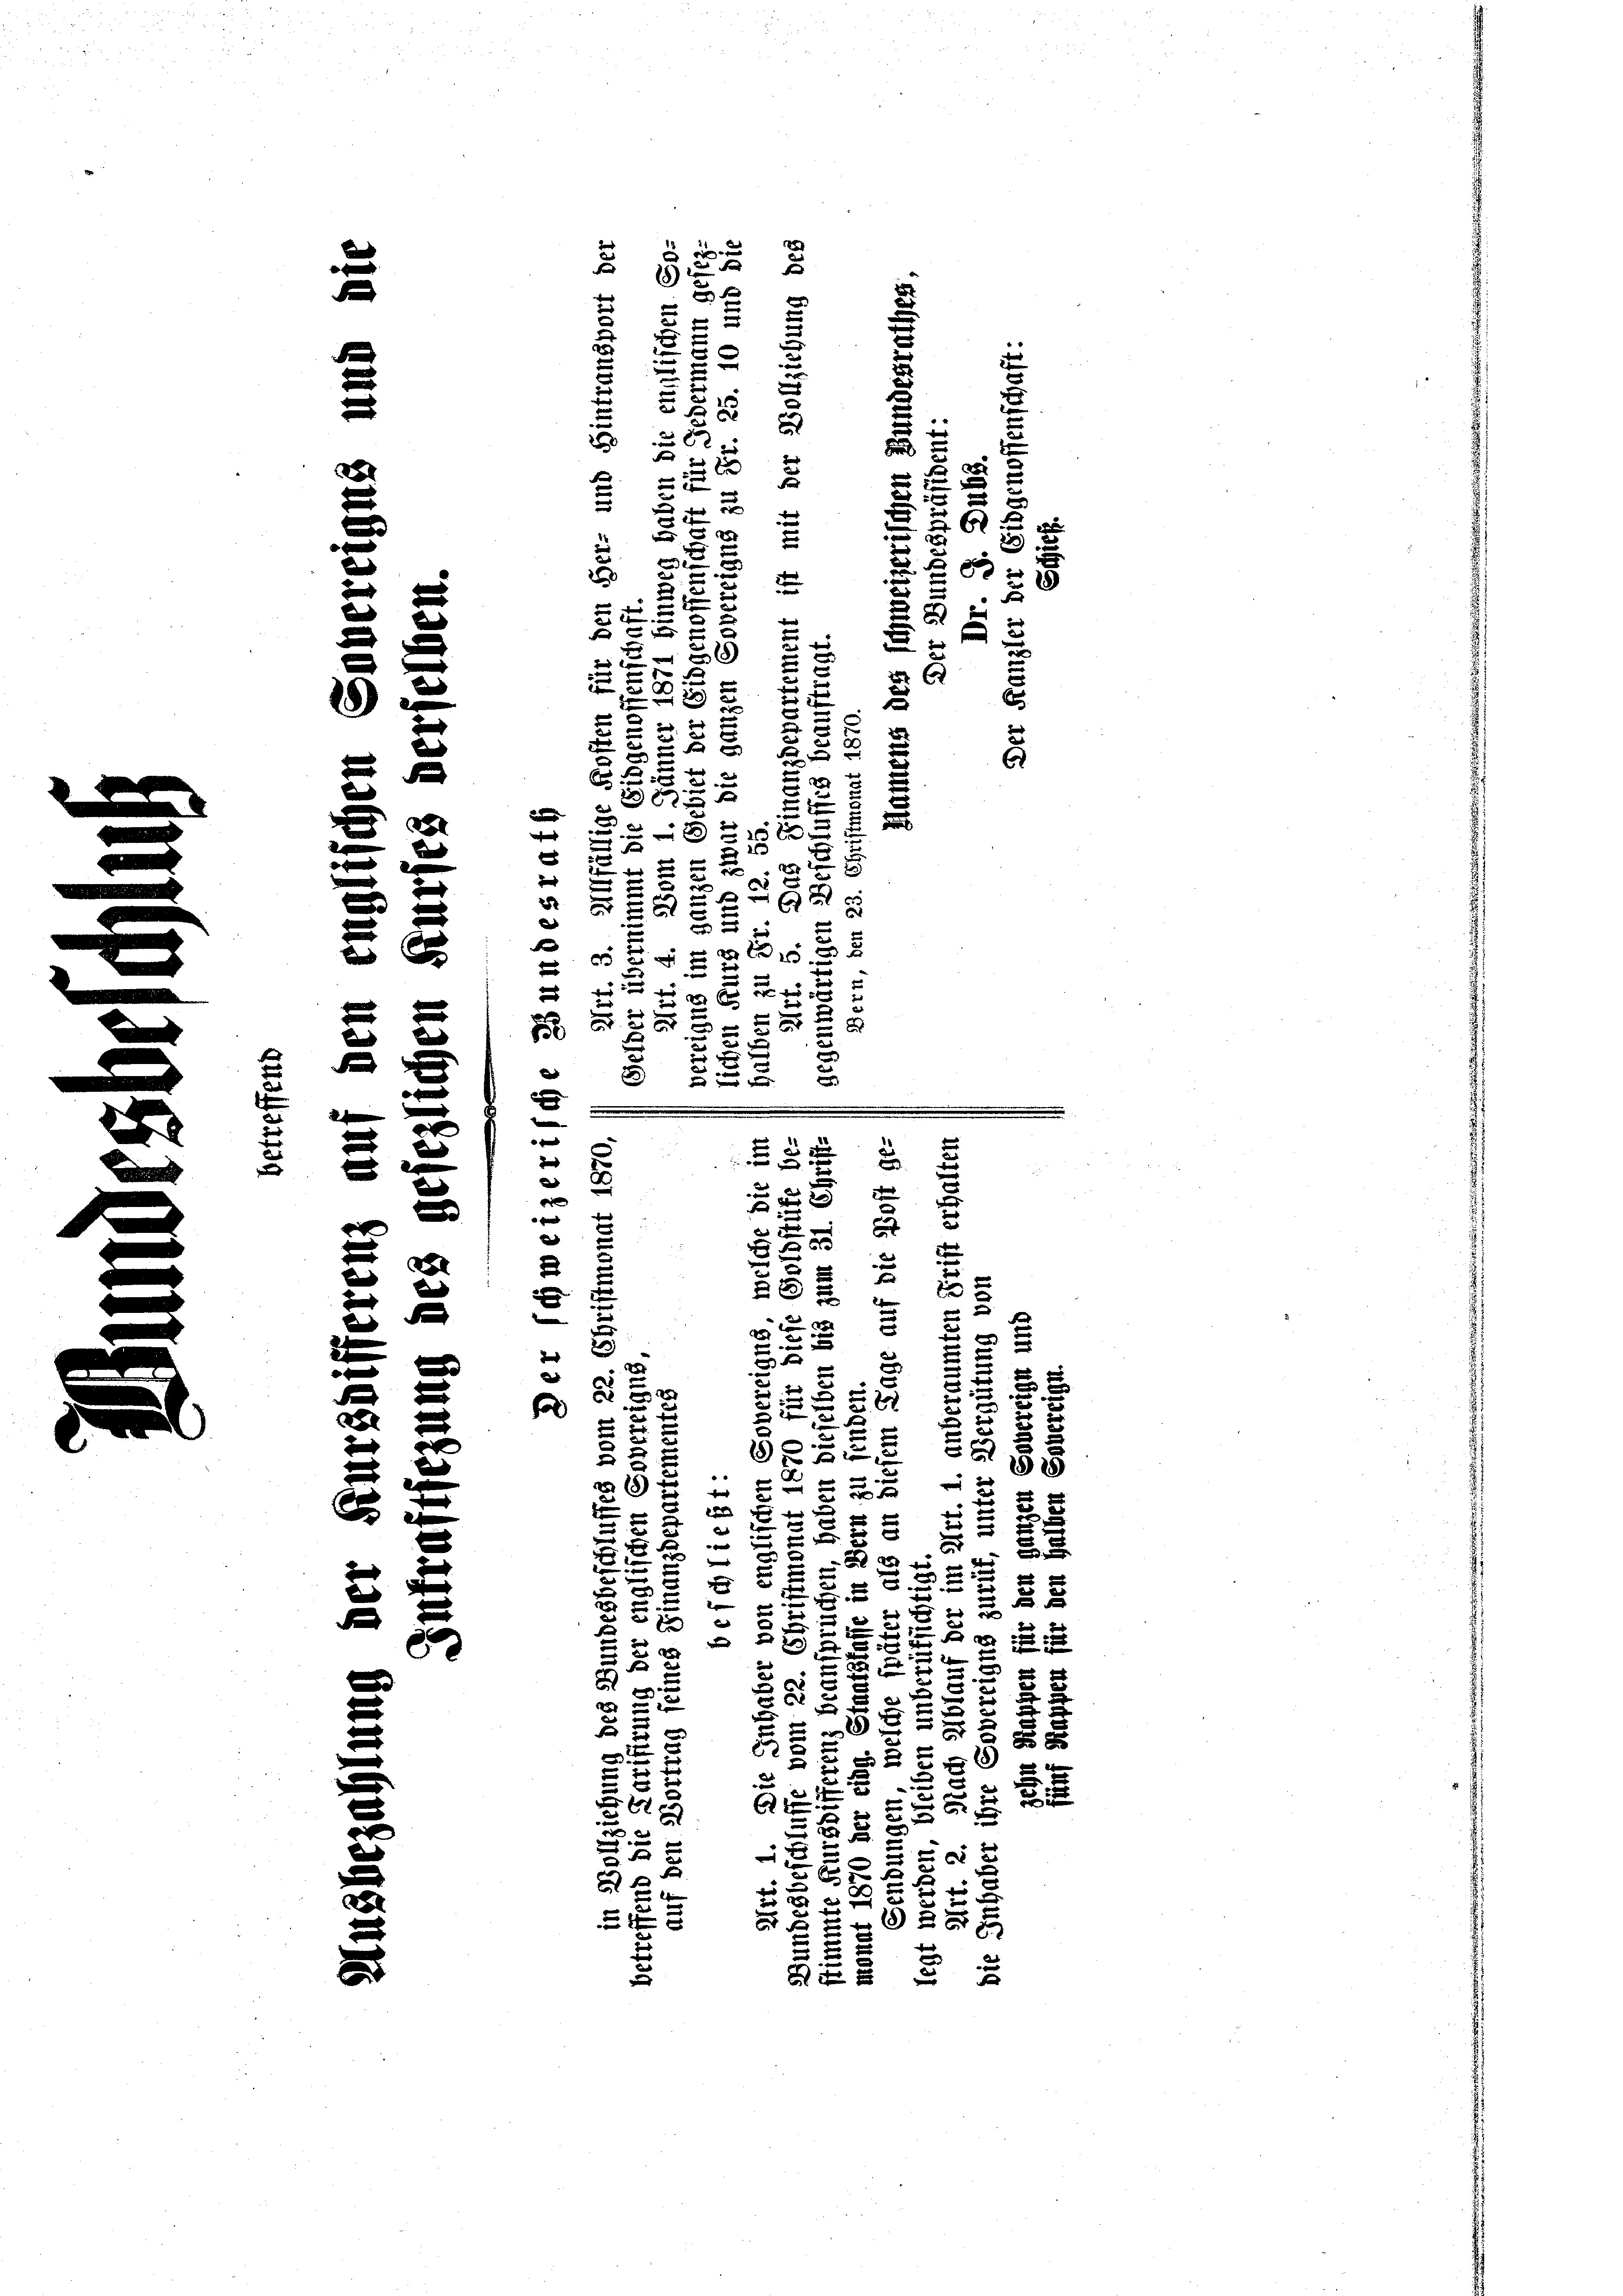
f
de
F
e

e
xx
2
d

e
d
e
n
e
n
x
E
e
0 x

d
d
d
d
2
e
e
e
t
d
g
e
e
24
x
d
f
e
d
.

F
1
2

u
u
26 x
d
n
 xx
d
2
e
2
e
8
2
3
e
.
x
8
e

22
 xx
d Fens
u
8
e
2 x
e
e

18
e
d

2
2
.
2)

d

5
e
2 x
r
.
2
25
.
 22 x
Fol
x
d

u
e

u
3
u
14
n
 x
5
d
u
r
8
e
2
d
2
n
x
s
¬
2
s
x
u
23
2
28
s
e
x
F
2.
u
F
d
.
E
.
5
e
20 x
e
2
d
28
8
2
S
h
e
e
2
e
x
e

d
d
1
2
d
.
e
e

6
.
287
e
x
5
f
e
5
2 x
z
B
e
d
3
d
d
 0 x
2
e
 2
f
e
2

8 x

.
B
u
e

u
g
e
x
u

e
x

d

2 x

8
2
233
8x
28
u
2
e

u
u

u
x
f
.
un
2
n

d
n
x
x
u
u
u
.

2
 x
2
u

e

 2 f 2
F
u
n
e
h
2

2
5
s
.
2.
f xx
2
e
2
2 x

2
m

c
x
2
55

f
e
2
z
5 f 0
u

.
d
5
5

53
2
25
d
2
e
x
t
 xx
29
e
5
27
u
xx
x
e
 x
x
3
2
x
u
2xx
u
2
x
2
s
e
e
c
x
F
f
t
u
6 f 0 x
3
2 f 0 x

E

1820

u